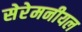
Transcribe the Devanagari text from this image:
सेरेमनीयल